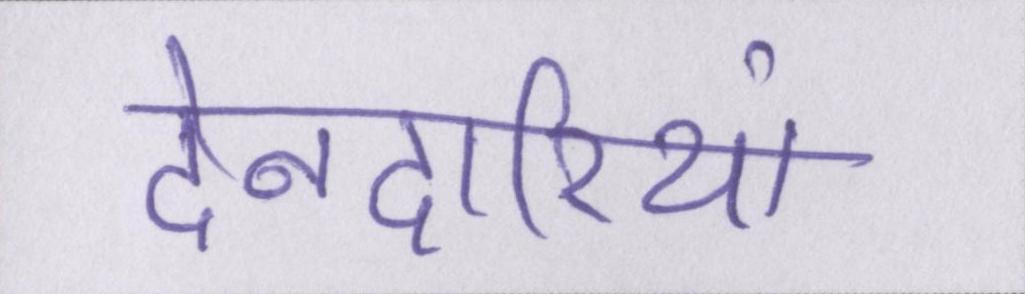
देनदारियां